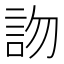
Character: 𧦍